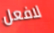
لافعل